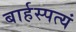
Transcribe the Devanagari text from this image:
बार्हस्पत्यं